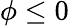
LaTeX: \phi\leq 0